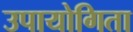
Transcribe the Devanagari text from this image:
उपायोगिता